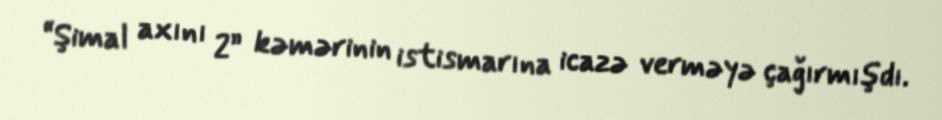
“Şimal axını 2” kəmərinin istismarına icazə verməyə çağırmışdı.